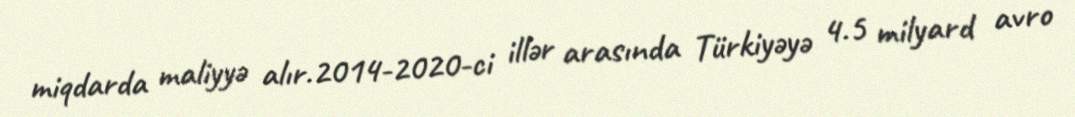
miqdarda maliyyə alır.2014-2020-ci illər arasında Türkiyəyə 4.5 milyard avro